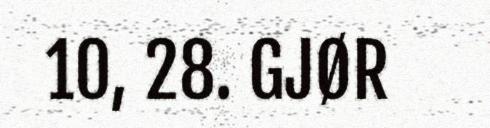
10, 28. GJØR